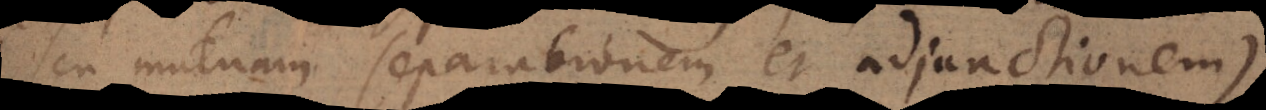
(seu mutuam separationem et adjunctionem),